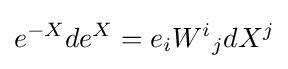
e^{-X}de^{X}=e_{i}{W^{i}}_{j}dX^{j}